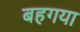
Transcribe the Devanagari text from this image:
बहगया